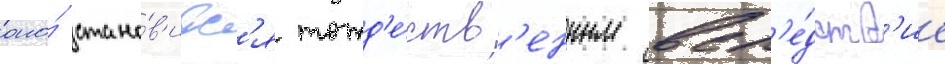
оно́ стано́в'итс'я тожд'е́ств'енным всл'е́дств'ие